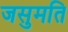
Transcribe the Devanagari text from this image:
जसुमति